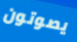
يصوتون